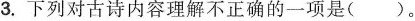
3.下列对古诗内容理解不正确的一项是()。